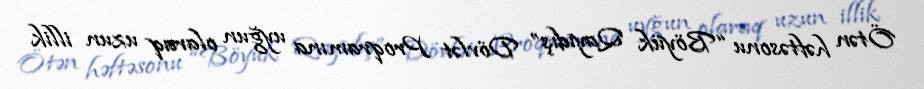
Ötən həftəsonu “Böyük Qayıdış” Dövlət Proqramına uyğun olaraq uzun illik